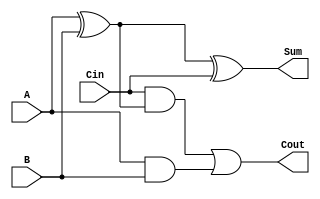
`timescale 1ns / 1ps
//////////////////////////////////////////////////////////////////////////////////
// Company: 
// Engineer: 
// 
// Design Name: 
// Module Name: fulladder
// Project Name: 
// Target Devices: 
// Tool Versions: 
// Description: 
// 
// Dependencies: 
// 
// Revision:
// Revision 0.01 - File Created
// Additional Comments:
// 
//////////////////////////////////////////////////////////////////////////////////


module fulladder(
    input A,
    input B,
    input Cin,
    output Sum,
    output Cout
    );
    
    assign Sum = A ^ B ^ Cin;
    assign Cout = Cin & (A ^ B) | (A & B);
     
endmodule